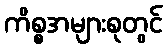
ကိစ္စအများစုတွင်